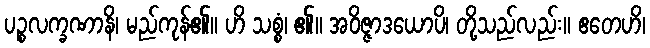
ပဉ္စလက္ခဏာနိ၊ မည်ကုန်၏။ ဟိ သစ္စံ၊ ၏။ အဝိဇ္ဇာဒယောပိ၊ တို့သည်လည်း။ ဧတေဟိ၊